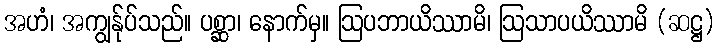
အဟံ၊ အကျွန်ုပ်သည်။ ပစ္ဆာ၊ နောက်မှ။ ဩပဘာယိဿာမိ၊ ဩသာပယိဿာမိ (ဆဋ္ဌ)